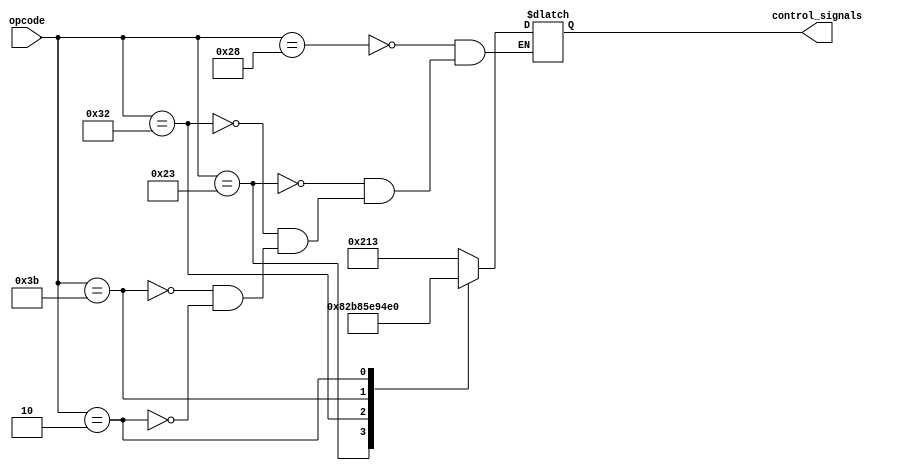
module Main_Control_Unit(
    input [5:0] opcode,
    output reg [9:0] control_signals
);

always@(opcode) begin
    case(opcode)
    6'b101000: control_signals <= 10'b1000010011; // lw - 213
    6'b100011: control_signals <= 10'b1000001010; // sw - 20a
    6'b110010: control_signals <= 10'b1110000101; // lsr - 385
    6'b111011: control_signals <= 10'b1110100101; // rsr - 3a5
    6'b000010: control_signals <= 10'b0011100000; // j - 0
    endcase
end

endmodule

// RegRead-9, ALUSrc-8, ALUOp-7:5, MemRead-4, MemWrite-3, MemtoReg-2, RegDst-1, RegWrite-0